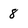
Character: 8